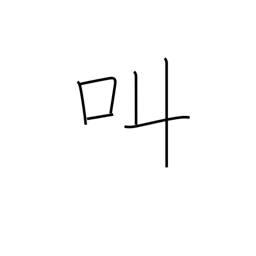
Meaning: shout